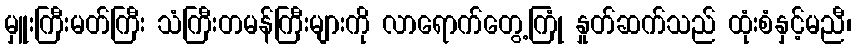
မှူးကြီးမတ်ကြီး သံကြီးတမန်ကြီးများကို လာရောက်တွေ့ကြုံ နှုတ်ဆက်သည် ထုံးစံနှင့်မညီ၊